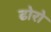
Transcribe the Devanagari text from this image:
ढोरो